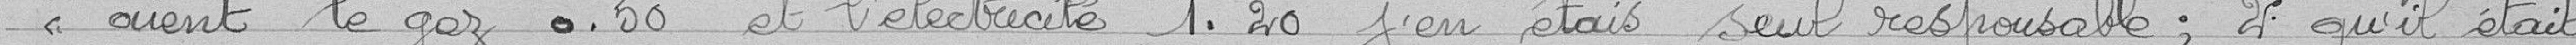
"aient le gaz 0,50 et l'électricité 1,20 j'en étais seul responsable; 2° qu'il était